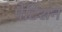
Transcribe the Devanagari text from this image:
पेटिशन